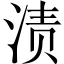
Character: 渍